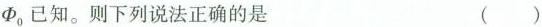
$$Φ_{0}$$已知。则下列说法正确的是 ()